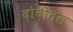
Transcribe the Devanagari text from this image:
दोदीतल